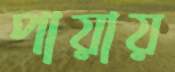
পায়ায়